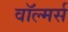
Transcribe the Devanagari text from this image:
वॉल्मर्स